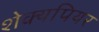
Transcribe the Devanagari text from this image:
शेक्यपियर